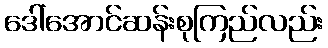
ဒေါ်အောင်ဆန်းစုကြည်လည်း